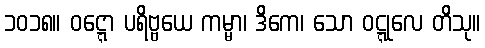
၁၀၁၈။ ဝဋ္ဋော ပရိဗ္ဗယေ ကမ္မာ၊ ဒိကေ၊ သော ဝဋ္ဋုလေ တိသု။